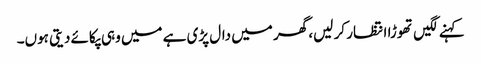
کہنے لگیں تھوڑا انتظار کر لیں، گھر میں دال پڑی ہے میں وہی پکائے دیتی ہوں۔